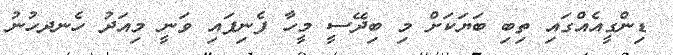
ޑިންގީއެއްގައި ތިބި ބަޔަކަށް މި ބިދޭސީ މީހާ ފެނިފައި ވަނީ މިއަދު ހެނދހުނު